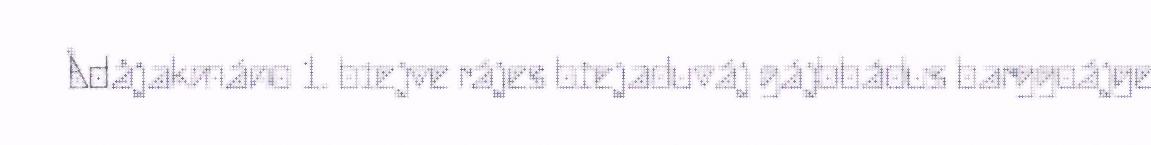
Ådåjakmáno 1. biejve rájes biejaduváj gájbbádus barggoájge